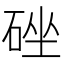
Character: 䂳